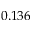
0 . 1 3 6